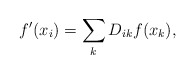
\begin{align*}f^{\prime }(x_{i})=\sum _{k}D_{ik}f(x_{k}),\end{align*}